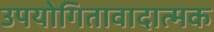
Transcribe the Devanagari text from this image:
उपयोगितावादात्मक